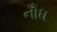
નોઁધ